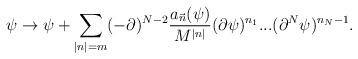
LaTeX: \begin{align*}\psi \rightarrow \psi + \sum_{|n| = m} (-\partial)^{N-2} \frac{a_{\vec{n}}(\psi)}{M^{|n|}} (\partial \psi)^{n_1} ... (\partial^N \psi)^{n_N-1}.\end{align*}